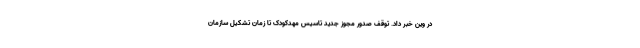
در وین خبر داد. توقف صدور مجوز جدید تاسیس مهدکودک تا زمان تشکیل سازمان